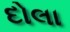
દોલા